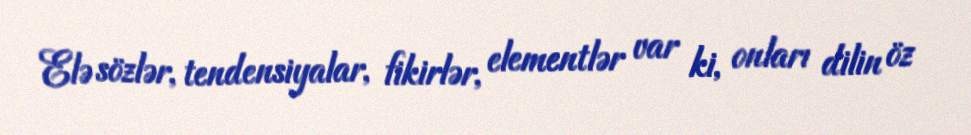
Elə sözlər, tendensiyalar, fikirlər, elementlər var ki, onları dilin öz